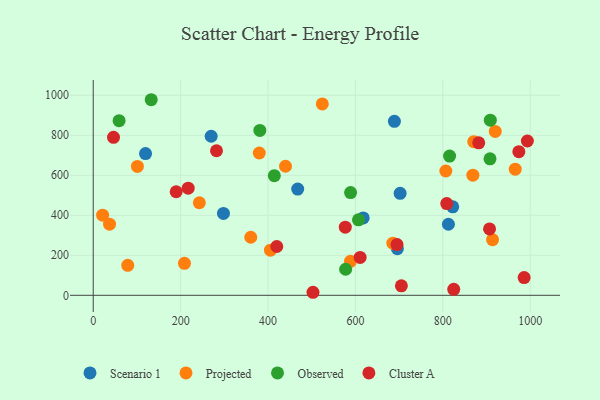
{"axis": {"x": "Study Hours", "y": "Rating"}, "legend": ["Cluster A", "Observed", "Projected", "Scenario 1"], "data": [{"x": "467.9", "y": 531.0, "type": "Scenario 1"}, {"x": "617.8", "y": 386.7, "type": "Scenario 1"}, {"x": "702.3", "y": 509.6, "type": "Scenario 1"}, {"x": "822.7", "y": 442.4, "type": "Scenario 1"}, {"x": "298.0", "y": 409.3, "type": "Scenario 1"}, {"x": "812.8", "y": 355.3, "type": "Scenario 1"}, {"x": "696.0", "y": 233.1, "type": "Scenario 1"}, {"x": "689.2", "y": 870.0, "type": "Scenario 1"}, {"x": "119.7", "y": 708.7, "type": "Scenario 1"}, {"x": "269.9", "y": 795.1, "type": "Scenario 1"}, {"x": "870.8", "y": 768.2, "type": "Projected"}, {"x": "360.5", "y": 290.2, "type": "Projected"}, {"x": "965.7", "y": 630.5, "type": "Projected"}, {"x": "79.0", "y": 149.9, "type": "Projected"}, {"x": "685.6", "y": 260.7, "type": "Projected"}, {"x": "21.5", "y": 400.6, "type": "Projected"}, {"x": "37.3", "y": 355.8, "type": "Projected"}, {"x": "380.0", "y": 711.4, "type": "Projected"}, {"x": "588.7", "y": 169.7, "type": "Projected"}, {"x": "405.5", "y": 225.7, "type": "Projected"}, {"x": "242.8", "y": 462.8, "type": "Projected"}, {"x": "208.8", "y": 159.6, "type": "Projected"}, {"x": "440.0", "y": 645.3, "type": "Projected"}, {"x": "868.8", "y": 600.5, "type": "Projected"}, {"x": "101.1", "y": 644.4, "type": "Projected"}, {"x": "806.9", "y": 621.4, "type": "Projected"}, {"x": "524.2", "y": 957.0, "type": "Projected"}, {"x": "920.0", "y": 819.3, "type": "Projected"}, {"x": "913.8", "y": 278.2, "type": "Projected"}, {"x": "815.5", "y": 696.0, "type": "Observed"}, {"x": "59.2", "y": 872.9, "type": "Observed"}, {"x": "908.0", "y": 682.1, "type": "Observed"}, {"x": "588.9", "y": 513.4, "type": "Observed"}, {"x": "381.3", "y": 824.5, "type": "Observed"}, {"x": "908.7", "y": 875.6, "type": "Observed"}, {"x": "132.7", "y": 977.8, "type": "Observed"}, {"x": "414.4", "y": 598.0, "type": "Observed"}, {"x": "607.0", "y": 377.5, "type": "Observed"}, {"x": "577.6", "y": 130.1, "type": "Observed"}, {"x": "502.9", "y": 15.1, "type": "Cluster A"}, {"x": "974.0", "y": 718.2, "type": "Cluster A"}, {"x": "993.5", "y": 771.5, "type": "Cluster A"}, {"x": "189.8", "y": 517.8, "type": "Cluster A"}, {"x": "46.4", "y": 789.6, "type": "Cluster A"}, {"x": "610.8", "y": 189.5, "type": "Cluster A"}, {"x": "825.0", "y": 29.8, "type": "Cluster A"}, {"x": "809.0", "y": 458.8, "type": "Cluster A"}, {"x": "986.1", "y": 88.6, "type": "Cluster A"}, {"x": "882.2", "y": 762.1, "type": "Cluster A"}, {"x": "695.2", "y": 253.6, "type": "Cluster A"}, {"x": "282.1", "y": 722.6, "type": "Cluster A"}, {"x": "576.8", "y": 340.6, "type": "Cluster A"}, {"x": "420.0", "y": 244.0, "type": "Cluster A"}, {"x": "217.3", "y": 535.8, "type": "Cluster A"}, {"x": "705.2", "y": 47.4, "type": "Cluster A"}, {"x": "906.9", "y": 332.0, "type": "Cluster A"}]}